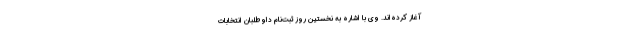
آغاز کرده‌اند. وی با اشاره به نخستین روز ثبت‌نام داوطلبان انتخابات